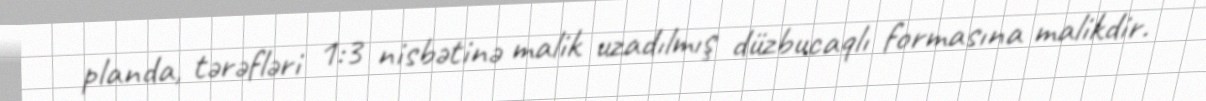
planda, tərəfləri 1:3 nisbətinə malik uzadılmış düzbucaqlı formasına malikdir.